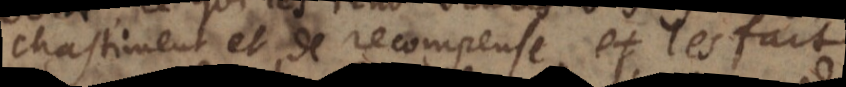
chastiment et de recompense, et les fait